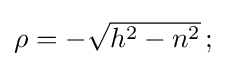
\textstyle \rho =-{\sqrt {h^{2}-n^{2}}}\,;